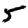
Digit: 5